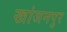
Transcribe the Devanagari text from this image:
खांजनपुर